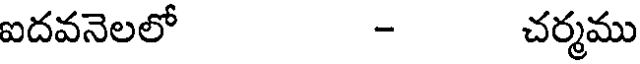
ఐదవనెలలో - చర్మము